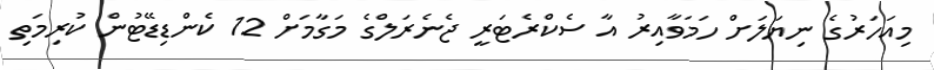
މިއަހަރުގެ ނިޔަލަށް ހަމަވާއިރު އާ ސެކްރެޓަރީ ޖެނެރަލްގެ މަގާމަށް 12 ކެންޑިޑޭޓުން ކުރިމަތި